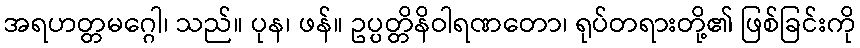
အရဟတ္တမဂ္ဂေါ၊ သည်။ ပုန၊ ဖန်။ ဥပ္ပတ္တိနိဝါရဏတော၊ ရုပ်တရားတို့၏ ဖြစ်ခြင်းကို